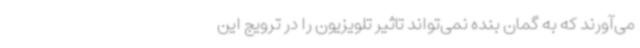
می‌آورند که به گمان بنده نمی‌تواند تاثیر تلویزیون را در ترویج این